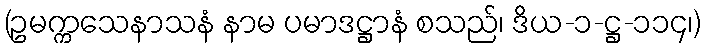
(ဥမက္ကသေနာသနံ နာမ ပမာဒဋ္ဌာနံ စသည်၊ ဒိယ-၁-ဋ္ဌ-၁၁၄၊)